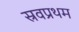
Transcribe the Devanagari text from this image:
स्रवप्रथम